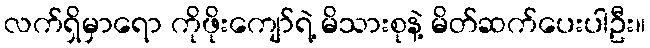
လက်ရှိမှာရော ကိုဖိုးကျော်ရဲ့ မိသားစုနဲ့ မိတ်ဆက်ပေးပါဦး။